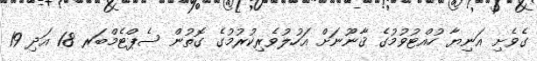
ގެވެށި އަނިޔާ ހުއްޓުވުމުގެ ޤާނޫނަށް އަހުލުވެރިކުރުމުގެ ގޮތުން ސެޕްޓެމްބަރ 18 އަދި 19